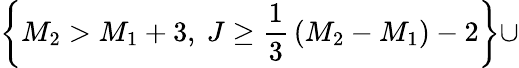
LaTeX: \left\{ M_{2}>M_{1}+3,~J\ge{\frac{1}{3}}\left(M_{2}-M_{1}\right)-2\right\} \cup